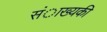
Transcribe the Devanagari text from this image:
संाख्यकी